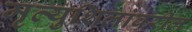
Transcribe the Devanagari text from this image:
मृत्युशिलांवरील